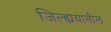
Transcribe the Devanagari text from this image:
जिल्ह्ययातील